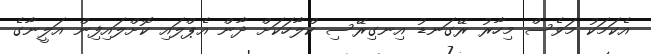
އެކަމަކު މަވެސް މިހާރު ރޭގަނޑު އިނގިރޭސި ކްލާހަކަށް ދާން އެޕްލައި ކޮށްލައިފިން އަލީނާގެ